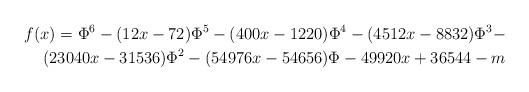
LaTeX: \begin{align*}f(x)=\Phi^6-(12x-72)\Phi^5-(400x-1220)\Phi^4-(4512x-8832)\Phi^3-\\(23040x-31536)\Phi^2-(54976x-54656)\Phi-49920x+36544-m\end{align*}